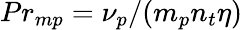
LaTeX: Pr_{mp}=\nu_{p}/(m_{p}n_{t}\eta)